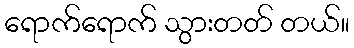
ရောက်ရောက် သွားတတ် တယ်။